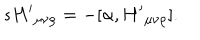
s { H ^ { \prime } } _ { \mu \nu \rho } = - [ \alpha , { H ^ { \prime } } _ { \mu \nu \rho } ] .